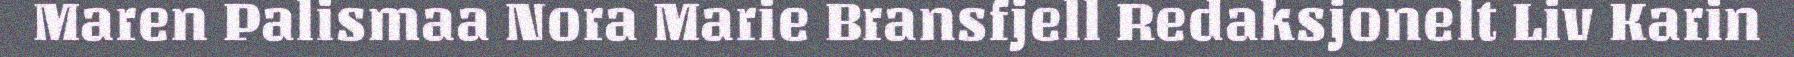
Maren Palismaa Nora Marie Bransfjell Redaksjonelt Liv Karin